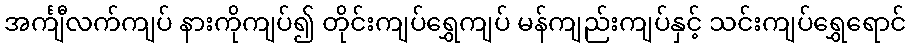
အင်္ကျီလက်ကျပ် နားကိုကျပ်၍ တိုင်းကျပ်ရွှေကျပ် မန်ကျည်းကျပ်နှင့် သင်းကျပ်ရွှေရောင်